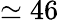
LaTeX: \simeq 46